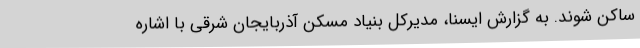
ساکن شوند. به گزارش ایسنا، مدیرکل بنیاد مسکن آذربایجان شرقی با اشاره